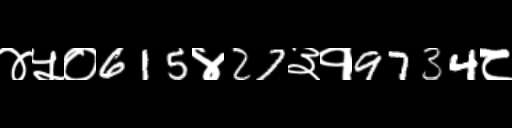
Text: ४५०615४27३१9734८